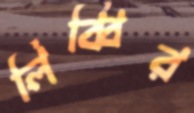
লিব্বির